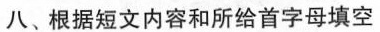
八、根据短文内容和所给首字母填空